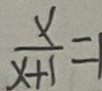
\frac { x } { x + 1 } = 1